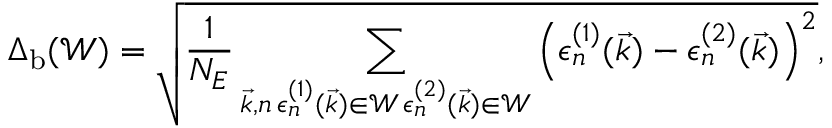
\Delta _ { \mathrm { b } } ( \mathcal { W } ) = \sqrt { \frac { 1 } { N _ { E } } \sum _ { \substack { \vec { k } , n \, \epsilon _ { n } ^ { ( 1 ) } ( \vec { k } ) \in \mathcal { W } \, \epsilon _ { n } ^ { ( 2 ) } ( \vec { k } ) \in \mathcal { W } } } \left( \epsilon _ { n } ^ { ( 1 ) } ( \vec { k } ) - \epsilon _ { n } ^ { ( 2 ) } ( \vec { k } ) \right) ^ { 2 } } ,